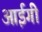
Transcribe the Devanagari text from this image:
आईगी